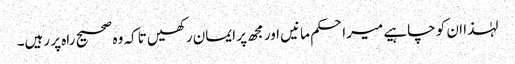
لہٰذا ان کو چاہیے میراحکم مانیں اور مجھ پر ایمان رکھیں تاکہ وہ صحیح راہ پر رہیں۔